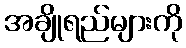
အချိုရည်များကို